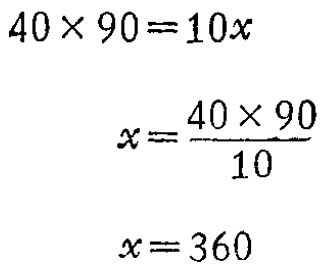
\[
\begin{align*}
40\times90&=10x\\
x&=\frac{40\times90}{10}\\
x&=360
\end{align*}
\]